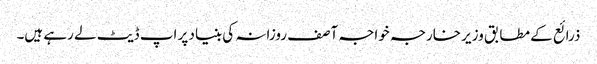
ذرائع کے مطابق وزیر خارجہ خواجہ آصف روزانہ کی بنیاد پر اپ ڈیٹ لے رہے ہیں۔